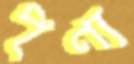
পূণ্য